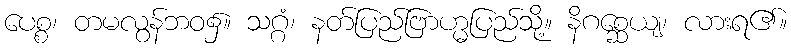
ပေစ္စ၊ တမလွန်ဘဝ၌။ သဂ္ဂံ၊ နတ်ပြည်ဗြာဟ္မပြည်သို့။ နိဂစ္ဆေယျ၊ လားရ၏။